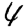
Digit: 4